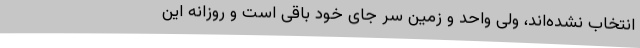
انتخاب نشده‌اند، ولی واحد و زمین سر جای خود باقی است و روزانه این